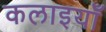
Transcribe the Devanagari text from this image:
कलाइयाँ